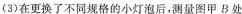
(3)在更换了不同规格的小灯泡后，测量图甲B处